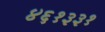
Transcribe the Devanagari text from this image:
४६१३३१